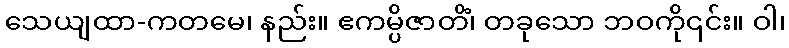
သေယျထာ-ကတမေ၊ နည်း။ ဧကမ္ပိဇာတိံ၊ တခုသော ဘဝကို၎င်း။ ဝါ၊